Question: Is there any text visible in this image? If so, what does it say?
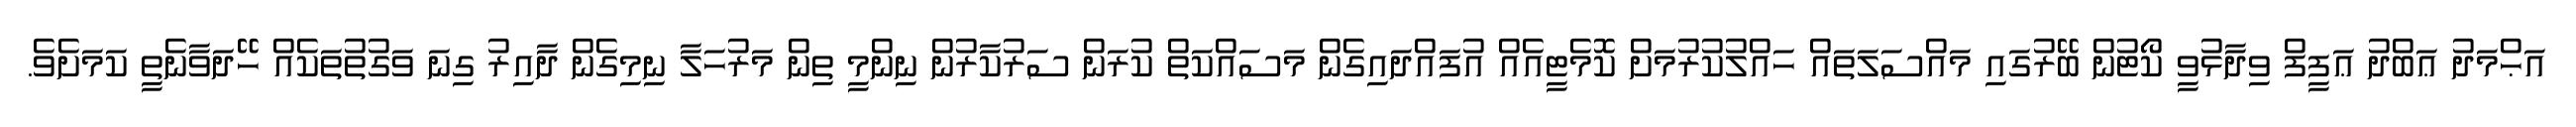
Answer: އަޙްމަދު ޢަބްދު ޢަފީފް ވިދާޅުވީ ކޯޓުން ބޭރުގައި މައްސަލަތައް ހައްލުކުރުމަށް ކޮމެޓީއެއް އުފައްދައިގެން މަސައްކަތް ކުރަން ސަރުކާރުން ނިންމީ ތިން މަރުހަލާ ނިމިގެން ދާއިރު ގިނަ ވަގުތުތަކެއް ހޭދަވާނެތީ ކަމަށެވެ.